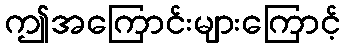
ဤအကြောင်းများကြောင့်